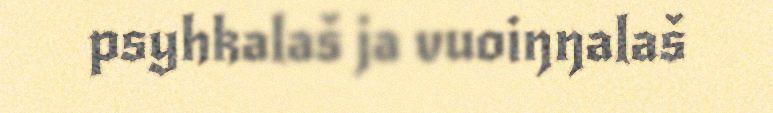
psyhkalaš ja vuoiŋŋalaš